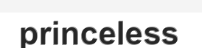
princeless